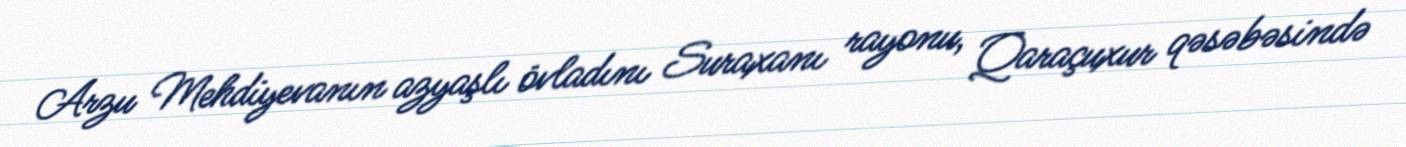
Arzu Mehdiyevanın azyaşlı övladını Suraxanı rayonu, Qaraçuxur qəsəbəsində